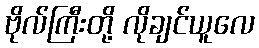
ဗိုလ်ကြီးတို့ လိုချင်ယူလေ